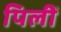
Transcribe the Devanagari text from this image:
पिलीं